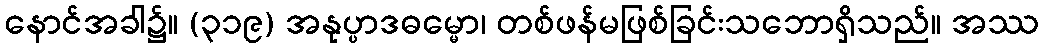
နောင်အခါ၌။ (၃၁၉) အနုပ္ပာဒဓမ္မော၊ တစ်ဖန်မဖြစ်ခြင်းသဘောရှိသည်။ အဿ